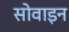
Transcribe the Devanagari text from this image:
सोवाइन